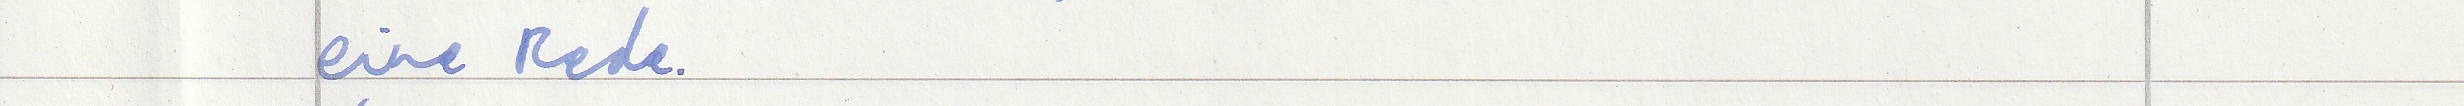
eine Rede.